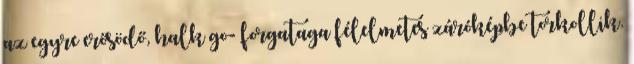
az egyre erősödő, halk go- forgataga félelmetes záróképbe torkollik.